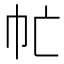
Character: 𢁣